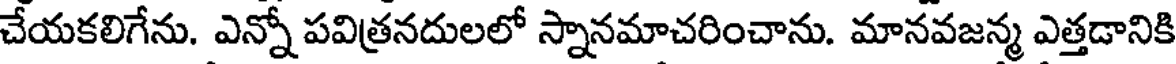
చేయకలిగేను. ఎన్నో పవిత్రనదులలో స్నానమాచరించాను. మానవజన్మ ఎత్తడానికి